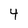
Character: 4